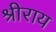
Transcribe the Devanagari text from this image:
श्रीराय